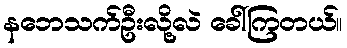
နဘေသက်ဦးလို့လဲ ခေါ်ကြတယ်။